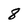
Character: 8